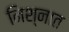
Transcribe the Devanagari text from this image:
निश्नात